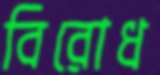
বিরোধ